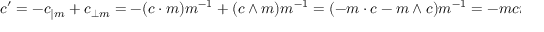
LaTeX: c ^ { \prime } = { - c _ { \| m } + c _ { \perp m } } = { - ( c \cdot m ) m ^ { - 1 } + ( c \wedge m ) m ^ { - 1 } } = { ( - m \cdot c - m \wedge c ) m ^ { - 1 } } = - m c m ^ { - 1 }